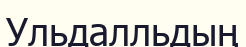
Ульдалльдың